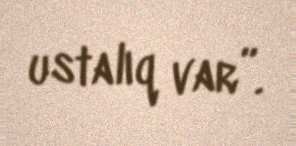
ustalıq var”.